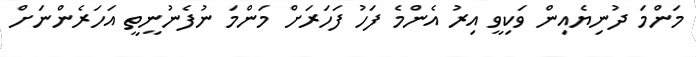
މަންމަ ދުނިޔެއިން ވަކިވީ އިރު އެންމެ ފަހު ފަހަރަށް މަންމަ ނުފެނުނީތީ އަހަރެންނަށް